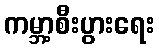
ကမ္ဘာ့စီးပွားရေး